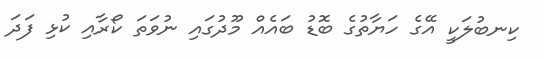
ކިނބުލަކީ އޭގެ ހަޔާތުގެ ބޮޑު ބައެއް މޫދުގައި ނުވަތަ ކޯރާއި ކުޅި ފަދަ